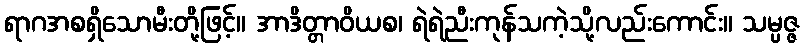
ရာဂအစရှိသောမီးတို့ဖြင့်။ အာဒိတ္တာဝိယစ၊ ရဲရဲညီးကုန်သကဲ့သို့လည်းကောင်း။ သမ္ပဇ္ဇ